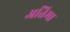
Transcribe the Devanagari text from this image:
अतिमा